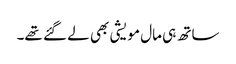
ساتھ ہی مال مویشی بھی لے گئے تھے۔